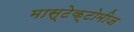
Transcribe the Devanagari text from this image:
मास्टेक्टोमीज